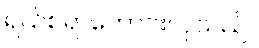
ရယ်စရာကောင်းလှသည်။